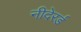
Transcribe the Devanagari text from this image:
नीदेरर्ड